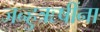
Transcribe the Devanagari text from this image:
जन्हुऋषींना